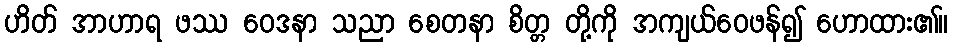
ဟိတ် အာဟာရ ဖဿ ဝေဒနာ သညာ စေတနာ စိတ္တ တို့ကို အကျယ်ဝေဖန်၍ ဟောထား၏။